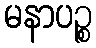
မနာပဉ္စ